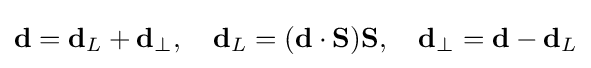
\mathbf {d} =\mathbf {d} _{L}+\mathbf {d} _{\perp },\quad \mathbf {d} _{L}=(\mathbf {d} \cdot \mathbf {S} )\mathbf {S} ,\quad \mathbf {d} _{\perp }=\mathbf {d} -\mathbf {d} _{L}